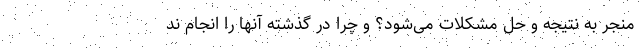
منجر به نتیجه و حل مشکلات می‌شود؟ و چرا در گذشته آنها را انجام ند